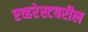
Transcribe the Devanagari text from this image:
एव्हरेस्टवरील